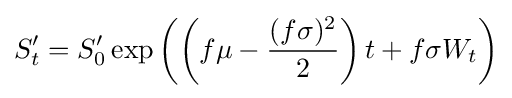
S'_{t}=S'_{0}\exp \left(\left(f\mu -{\frac {(f\sigma )^{2}}{2}}\right)t+f\sigma W_{t}\right)